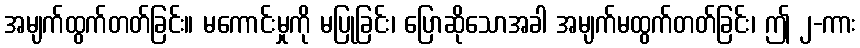
အမျက်ထွက်တတ်ခြင်း။ မကောင်းမှုကို မပြုခြင်း၊ ပြောဆိုသောအခါ အမျက်မထွက်တတ်ခြင်း၊ ဤ ၂-ကား